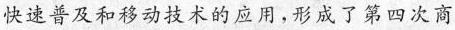
快速普及和移动技术的应用，形成了第四次商